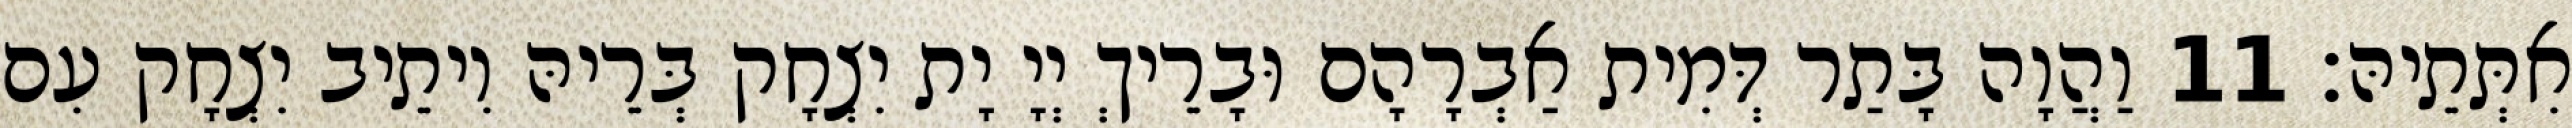
אִתְּתֵיהּ׃ 11 וַהֲוָה בָּתַר דְּמִית אַבְרָהָם וּבָרֵיךְ יְיָ יָת יִצְחָק בְּרֵיהּ וִיתֵיב יִצְחָק עִם